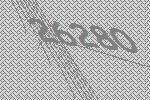
26280